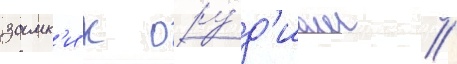
замк'и к ору́д'иам //